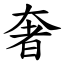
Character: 奢